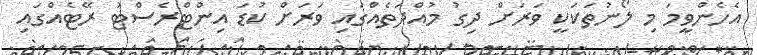
އެހެންވީމަ މި ލޯނުތަކަކީ ވަރަށް ދިގު މުއްދަތެއްގައި ވަރަށް ކުޑަ އިންޓްރެސްޓު ރޭޓެއްގައި